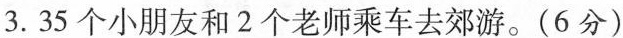
3.35个小朋友和2个老师乘车去郊游。(6分)